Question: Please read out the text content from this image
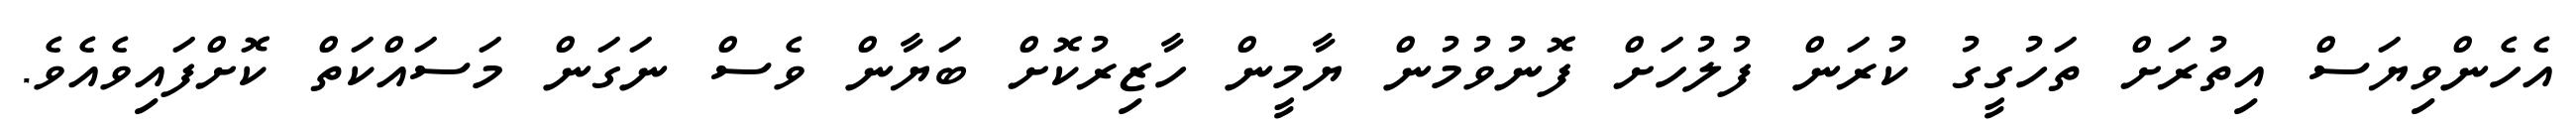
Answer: އެހެންވިޔަސް އިތުރަށް ތަހުގީގު ކުރަން ފުލުހަށް ފޮނުވުމުން ޔާމީން ހާޒިރުކޮށް ބަޔާން ވެސް ނަގަން މަސައްކަތް ކޮށްފައިވެއެވެ.